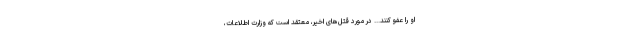
او را عفو كنند... در مورد قتل‌هاى اخیر، معتقد است كه وزارت اطلاعات،